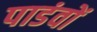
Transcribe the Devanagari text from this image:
पाडंवों